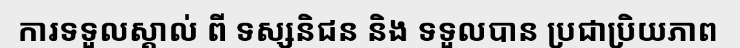
ការទទួលស្គាល់ ពី ទស្សនិជន និង ទទួលបាន ប្រជាប្រិយភាព